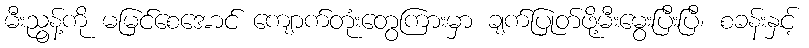
မီးညွန့်ကို မမြင်စေအောင် ကျောက်တုံးတွေကြားမှာ ချက်ပြုတ်ဖို့မီးမွေးပြီးပြီ၊ စခန်းနှင့်